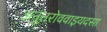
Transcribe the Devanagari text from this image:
अनुत्तरोववाइयदसा